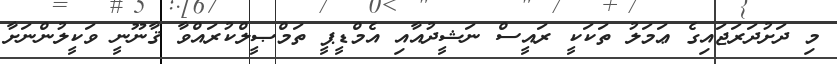
މި ދަށުދަރަޖައިގެ ޢަމަލު ތަކަކީ ރައީސް ނަޝީދުއާއި އެމްޑީޕީ ތަމްޞީލްކުރައްވާ ޤާނޫނީ ވަކީލުންނަށާ